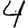
Digit: 4